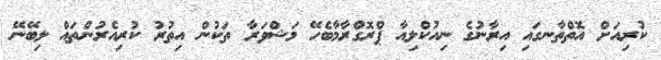
ކުރިއަށް އޮތްތާނގައި އިރާނުގެ ނިއުކްލިއާ ޕްރޮގްރާމާބެހޭ މަޝްވަރާ ތަކުން އިތުރު ކުރިއެރުންތައް ލިބޭނޭ